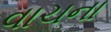
વાચના